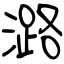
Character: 潞